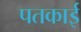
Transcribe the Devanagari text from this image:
पतकाई